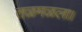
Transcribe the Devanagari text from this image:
तळमळला।